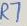
Text: R7